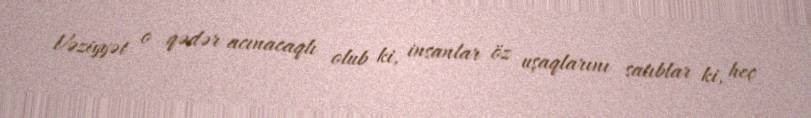
Vəziyyət o qədər acınacaqlı olub ki, insanlar öz uşaqlarını satıblar ki, heç